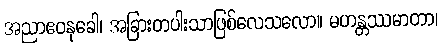
အညာဧဝနုခေါ၊ အခြားတပါးသာဖြစ်လေသလော။ မဟန္တဿမာတာ၊